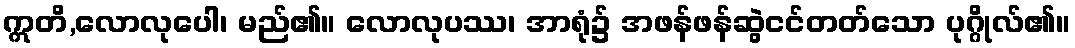
ဣတိ,လောလုပေါ၊ မည်၏။ လောလုပဿ၊ အာရုံ၌ အဖန်ဖန်ဆွဲငင်တတ်သော ပုဂ္ဂိုလ်၏။